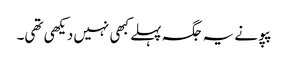
پپو نے یہ جگہ پہلے کبھی نہیں دیکھی تھی۔